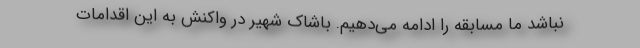
نباشد ما مسابقه را ادامه می‌دهیم. باشاک شهیر در واکنش به این اقدامات